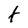
Character: t